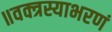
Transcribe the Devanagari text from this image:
॥वक्त्रस्याभरणं